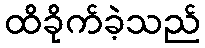
ထိခိုက်ခဲ့သည်